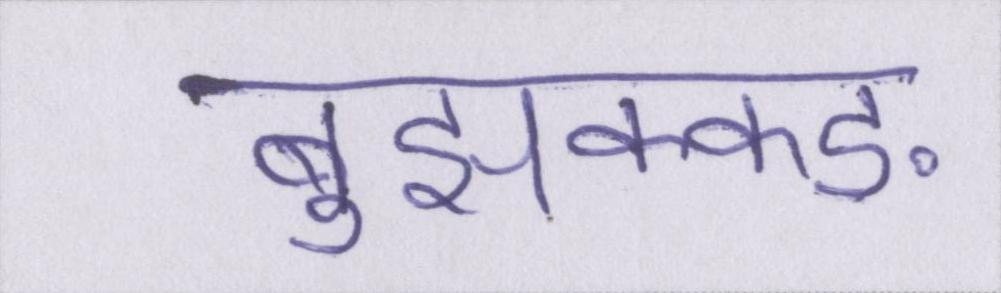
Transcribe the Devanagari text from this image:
बुझक्कङ